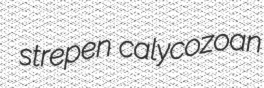
strepen calycozoan